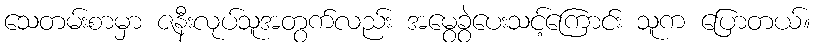
သေတမ်းစာမှာ ဇနီးလုပ်သူအတွက်လည်း အမွေခွဲပေးသင့်ကြောင်း သူက ပြောတယ်။